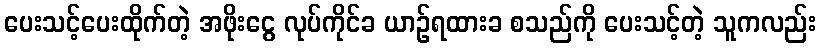
ပေးသင့်ပေးထိုက်တဲ့ အဖိုးငွေ လုပ်ကိုင်ခ ယာဉ်ရထားခ စသည်ကို ပေးသင့်တဲ့ သူကလည်း